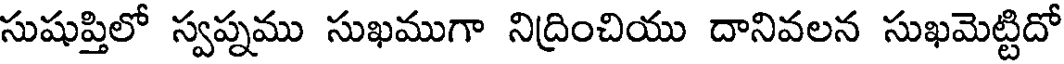
సుషుప్తిలో స్వప్నము సుఖముగా నిద్రించియు దానివలన సుఖమెట్టిదో